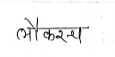
मजकूर: लौकरच